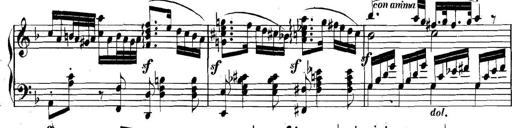
Title: Collected Piano Sonatas
Composer: Muzio Clementi